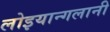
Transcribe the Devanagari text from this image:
लोइयान्गलानी